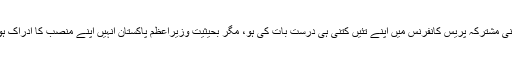
جناب وزیراعظم نے ایران کی سرزمین پر ایران کے صدر کے ساتھ اپنی مشترکہ پریس کانفرنس میں اپنے تئیں کتنی ہی درست بات کی ہو، مگر بحیثیت وزیراعظم پاکستان انہیں اپنے منصب کا ادراک ہونا چاہیے تھا، اور یہ کہ کیا بات کس طرح اور کس جگہ کہنی چاہیے۔